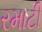
રમાટી